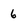
Character: 6